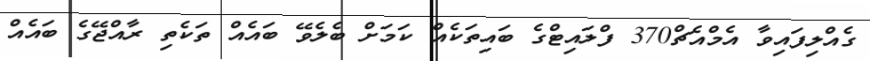
ގެއްލިފައިވާ އެމްއެޗް370 ފްލައިޓްގެ ބައިތަކެއް ކަމަށް ބެލެވޭ ބައެއް ތަކެތި ރާއްޖޭގެ ބައެއް